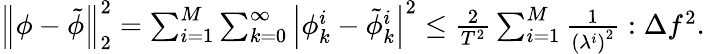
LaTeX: \begin{array}{r}{\left\| \phi-\tilde{\phi}\right\| _{2}^{2}=\sum_{i=1}^{M}\sum_{k=0}^{\infty}\left|\phi_{k}^{i}-\tilde{\phi}_{k}^{i}\right|^{2}\leq\frac{2}{T^{2}}\sum_{i=1}^{M}\frac{1}{\left(\lambda^{i}\right)^{2}}:\Delta f^{2}.}\end{array}